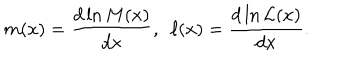
m ( x ) = \frac { d \ln { M ( x ) } } { d x } , \, \, \, \ell ( x ) = \frac { d \ln { { \cal L } ( x ) } } { d x } .